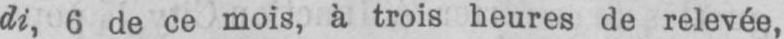
di, 6 de ce mois, à trois heures de relevée,